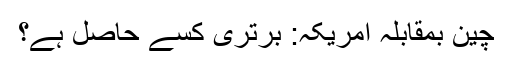
چین بمقابلہ امریکہ: برتری کسے حاصل ہے؟